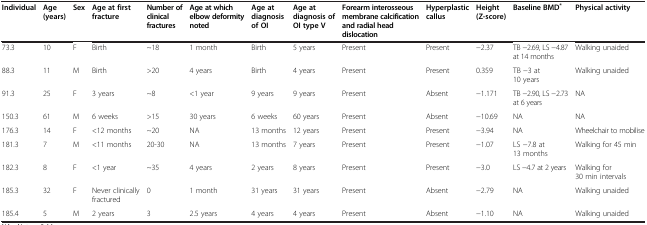
<table><thead><tr><td><b>Individual</b></td><td><b>Age (years)</b></td><td><b>Sex</b></td><td><b>Age at first fracture</b></td><td><b>Number of clinical fractures</b></td><td><b>Age at which elbow deformity noted</b></td><td><b>Age at diagnosis of OI</b></td><td><b>Age at diagnosis of OI type V</b></td><td><b>Forearm interosseous membrane calcification and radial head dislocation</b></td><td><b>Hyperplastic callus</b></td><td><b>Height (Z-score)</b></td><td><b>Baseline BMD<sup>*</sup></b></td><td><b>Physical activity</b></td></tr></thead><tbody><tr><td>73.3</td><td>10</td><td>F</td><td>Birth</td><td>~18</td><td>1 month</td><td>Birth</td><td>5 years</td><td>Present</td><td>Present</td><td>−2.37</td><td>TB −2.69, LS −4.87 at 14 months</td><td>Walking unaided</td></tr><tr><td>88.3</td><td>11</td><td>M</td><td>Birth</td><td>&gt;20</td><td>4 years</td><td>Birth</td><td>4 years</td><td>Present</td><td>Present</td><td>0.359</td><td>TB −3 at 10 years</td><td>Walking unaided</td></tr><tr><td>91.3</td><td>25</td><td>F</td><td>3 years</td><td>~8</td><td>&lt;1 year</td><td>9 years</td><td>9 years</td><td>Present</td><td>Absent</td><td>−1.171</td><td>TB −2.90, LS −2.73 at 6 years</td><td>NA</td></tr><tr><td>150.3</td><td>61</td><td>M</td><td>6 weeks</td><td>&gt;15</td><td>30 years</td><td>6 weeks</td><td>60 years</td><td>Present</td><td>Absent</td><td>−10.69</td><td>NA</td><td>NA</td></tr><tr><td>176.3</td><td>14</td><td>F</td><td>&lt;12 months</td><td>~20</td><td>NA</td><td>13 months</td><td>12 years</td><td>Present</td><td>Present</td><td>−3.94</td><td>NA</td><td>Wheelchair to mobilise</td></tr><tr><td>181.3</td><td>7</td><td>M</td><td>&lt;11 months</td><td>20-30</td><td>NA</td><td>13 months</td><td>7 years</td><td>Present</td><td>Present</td><td>−1.07</td><td>LS −7.8 at 13 months</td><td>Walking for 45 min</td></tr><tr><td>182.3</td><td>8</td><td>F</td><td>&lt;1 year</td><td>~35</td><td>4 years</td><td>2 years</td><td>8 years</td><td>Present</td><td>Present</td><td>−3.0</td><td>LS −4.7 at 2 years</td><td>Walking for 30 min intervals</td></tr><tr><td>185.3</td><td>32</td><td>F</td><td>Never clinically fractured</td><td>0</td><td>1 month</td><td>31 years</td><td>31 years</td><td>Present</td><td>Absent</td><td>−2.79</td><td>NA</td><td>Walking unaided</td></tr><tr><td>185.4</td><td>5</td><td>M</td><td>2 years</td><td>3</td><td>2.5 years</td><td>4 years</td><td>4 years</td><td>Present</td><td>Absent</td><td>−1.10</td><td>NA</td><td>Walking unaided</td></tr></tbody></table>